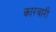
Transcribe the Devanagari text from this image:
कारबारी